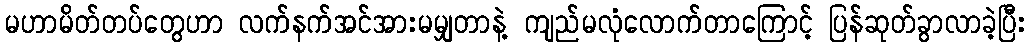
မဟာမိတ်တပ်တွေဟာ လက်နက်အင်အားမမျှတာနဲ့ ကျည်မလုံလောက်တာကြောင့် ပြန်ဆုတ်ခွာလာခဲ့ပြီး